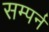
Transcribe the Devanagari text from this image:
सम्पर्न